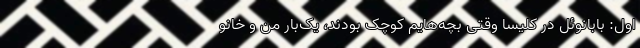
اول: بابانوئل در کلیسا وقتی بچه‌هایم کوچک بودند، یک‌بار من و خانو